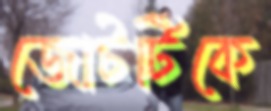
জোটটিকে